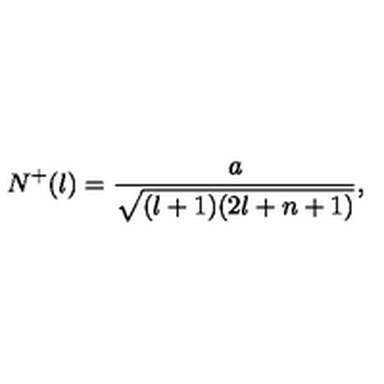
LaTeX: N ^ { + } ( l ) = \frac { a } { \sqrt { ( l + 1 ) ( 2 l + n + 1 ) } } ,